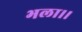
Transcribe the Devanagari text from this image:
भला।।